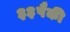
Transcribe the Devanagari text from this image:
३३पैकी